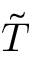
\tilde { T }